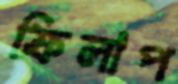
ফিলাপ